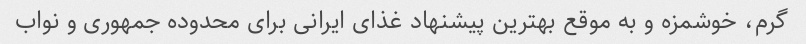
گرم، خوشمزه و به موقع بهترین پیشنهاد غذای ایرانی برای محدوده جمهوری و نواب